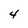
Character: 4